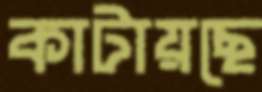
কাটায়ছে